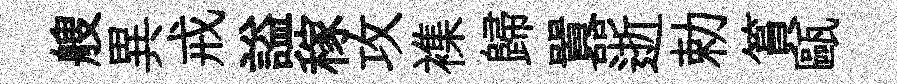
艘異戒謚稼攻襍歸囂逝勅篔甌